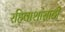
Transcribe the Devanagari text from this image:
रहिवाशांसाठी